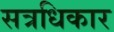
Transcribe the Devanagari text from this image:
सत्रधिकार